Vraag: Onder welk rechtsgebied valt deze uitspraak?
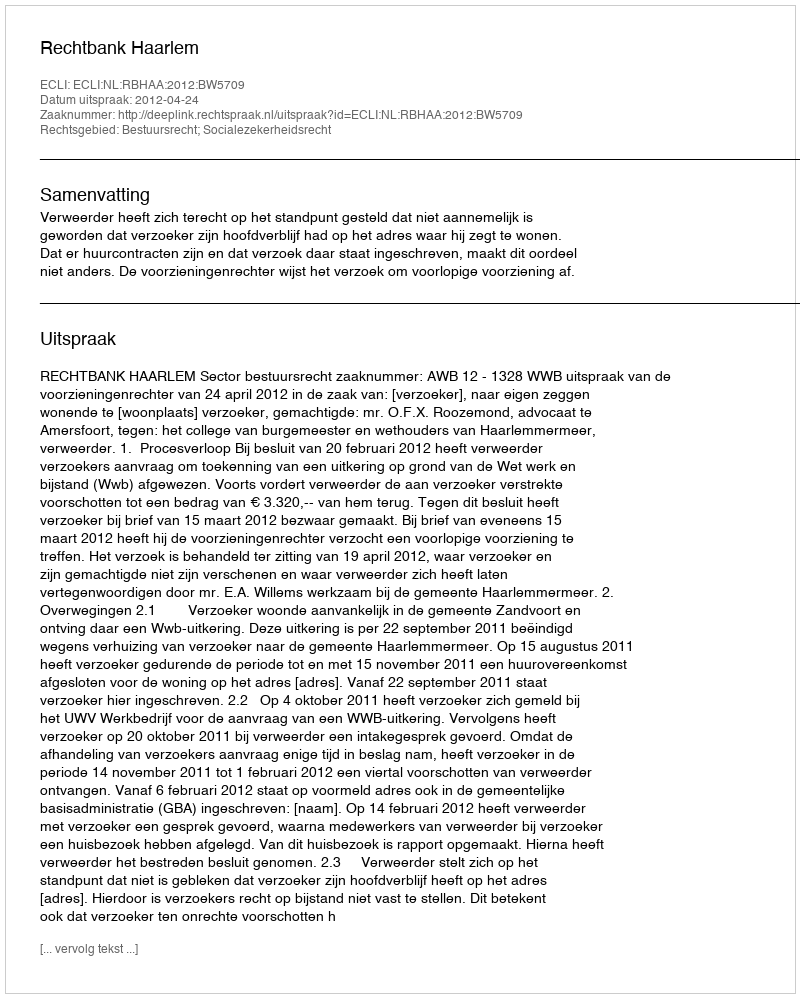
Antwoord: Bestuursrecht; Socialezekerheidsrecht